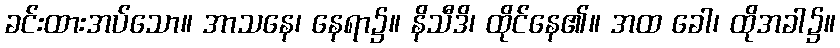
ခင်းထားအပ်သော။ အာသနေ၊ နေရာ၌။ နိသီဒိ၊ ထိုင်နေ၏။ အထ ခေါ၊ ထိုအခါ၌။